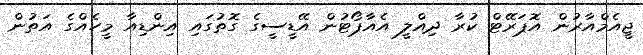
ޖީއެމްއާރުން އޮޕަރޭޓް ކުރާ ދިއްލީ އެއާޕޯޓުން އޭޑީސީގެ ގޮތުގައި އިންޑިއާ މީހެއްގެ އަތުން